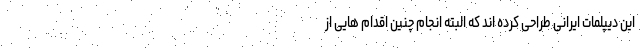
این دیپلمات ایرانی طراحی کرده اند که البته انجام چنین اقدام هایی از